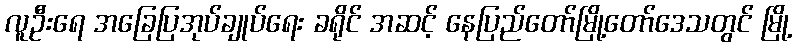
လူဦးရေ အခြေပြအုပ်ချုပ်ရေး ခရိုင် အဆင့် နေပြည်တော်မြို့တော်ဒေသတွင် မြို့